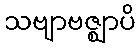
သဗျာဗဇ္ဈာပိ